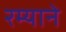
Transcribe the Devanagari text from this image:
रम्याने